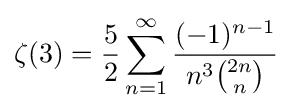
\zeta (3)={\frac {5}{2}}\sum _{n=1}^{\infty }{\frac {(-1)^{n-1}}{n^{3}{\binom {2n}{n}}}}